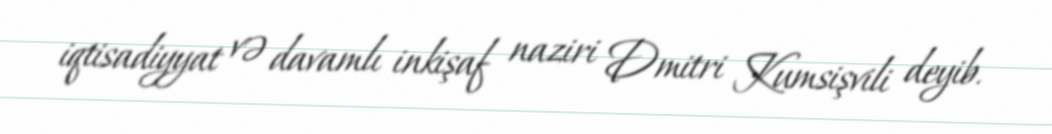
iqtisadiyyat və davamlı inkişaf naziri Dmitri Kumsişvili deyib.